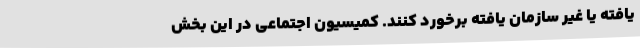
یافته یا غیر سازمان یافته برخورد کنند. کمیسیون اجتماعی در این بخش